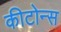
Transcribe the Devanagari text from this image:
कीटोन्स